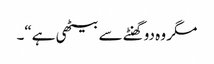
مگر وہ دوگھنٹے سے بیٹھی ہے“۔